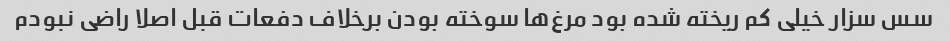
سس سزار خیلی کم ریخته شده بود مرغ‌ها سوخته بودن برخلاف دفعات قبل اصلا راضی نبودم